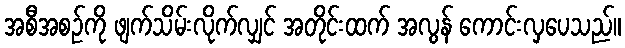
အစီအစဉ်ကို ဖျက်သိမ်းလိုက်လျှင် အတိုင်းထက် အလွန် ကောင်းလှပေသည်။